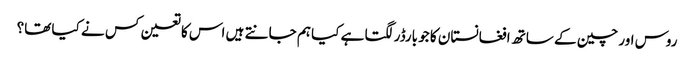
روس اور چین کے ساتھ افغانستان کا جو بارڈر لگتا ہے کیا ہم جانتے ہیں اس کا تعین کس نے کیا تھا؟